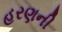
હરણની